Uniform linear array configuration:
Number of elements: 12
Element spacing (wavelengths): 1
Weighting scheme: cosine
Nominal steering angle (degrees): -15
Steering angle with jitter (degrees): -13.308
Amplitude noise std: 0.05
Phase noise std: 0.05

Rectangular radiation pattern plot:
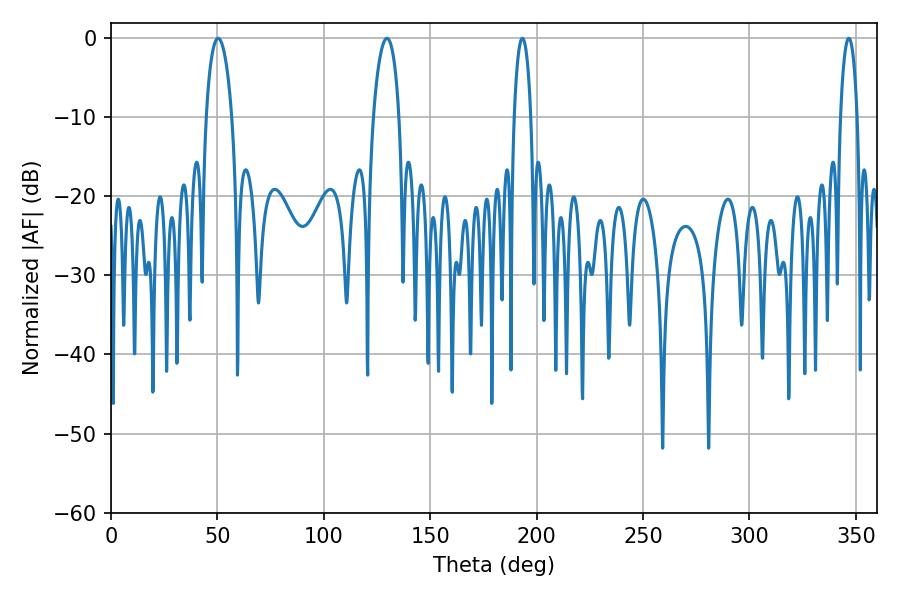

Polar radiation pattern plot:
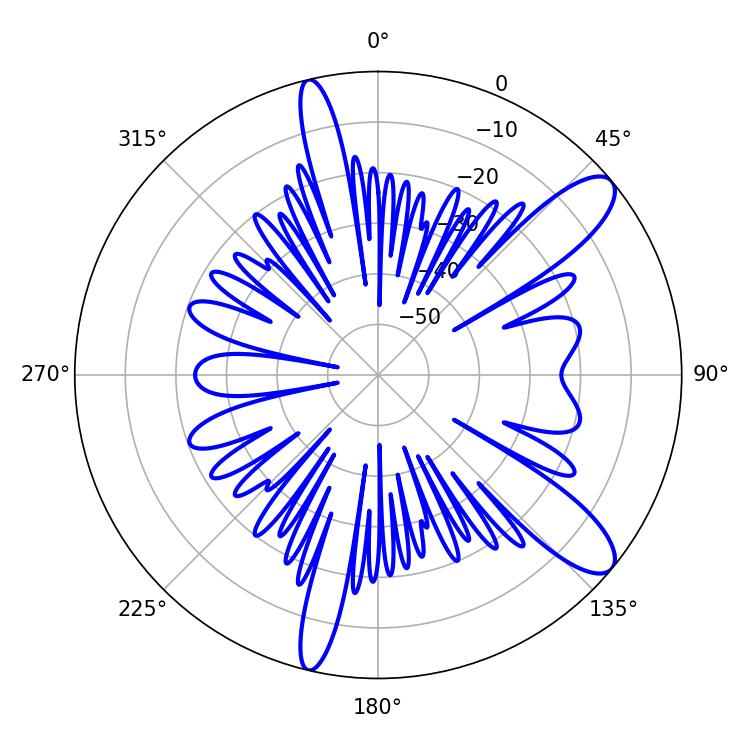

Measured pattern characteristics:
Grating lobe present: TRUE
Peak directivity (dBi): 10.923
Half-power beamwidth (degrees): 4.32
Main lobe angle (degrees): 193.32